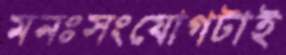
মনঃসংযোগটাই